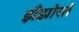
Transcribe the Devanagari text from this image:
झँझोरते